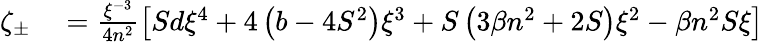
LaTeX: \begin{array}{rl}{\zeta_{\pm}}&{{}=\frac{\xi^{-3}}{4n^{2}}\left[Sd\xi^{4}+4\left(b-4S^{2}\right)\xi^{3}+S\left(3\beta n^{2}+2S\right)\xi^{2}-\beta n^{2}S\xi\right]}\end{array}